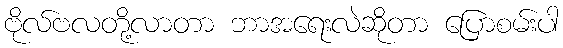
ဗိုလ်ဗလတို့လာတာ ဘာအရေးလဲဆိုတာ ပြောစမ်းပါ